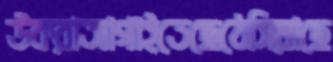
উকরাআগাইতেছেঠেসিয়াছে